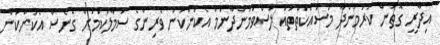
އިދާރީ ގޮތުން ކުރަމުންދާ މަސައްކަތްތައް ލަސްވަމުންދާނަމަ އެކަންކަން ވެރިންގެ ސަމާލުކަމަށް ގެނެސް އެކަންކަން